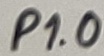
Text: P1.0